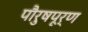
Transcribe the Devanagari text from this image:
पौरुषपूर्ण